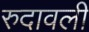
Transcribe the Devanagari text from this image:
रुदावली